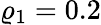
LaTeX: \varrho_{1}=0.2